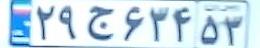
۲۹ج۶۳۴۵۳